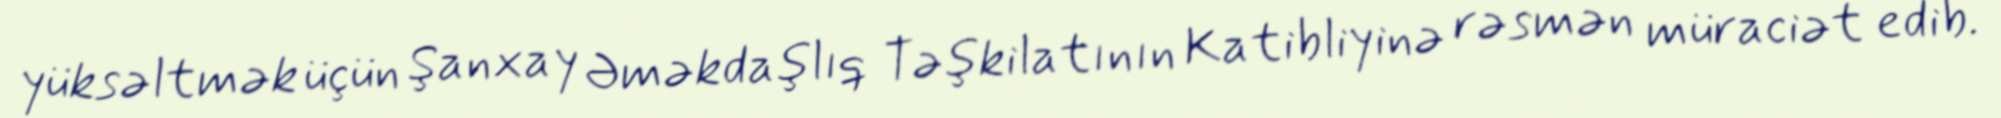
yüksəltmək üçün Şanxay Əməkdaşlıq Təşkilatının Katibliyinə rəsmən müraciət edib.